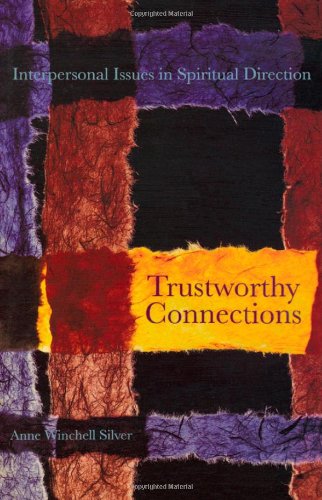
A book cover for Trustworthy Connections: Interpersonal Issues in Spiritual Direction; Anne Winchell Silver; Christian Books & Bibles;